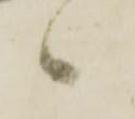
々